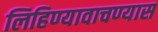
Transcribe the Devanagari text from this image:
लिहिण्यावाचण्यास